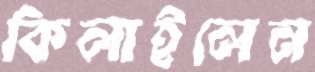
কিলাইলেন